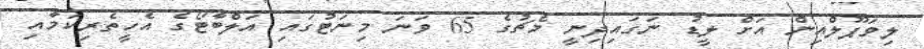
ލިވަޕޫލްއިން އަށް ލީޑު ނަގައިދިނީ މެޗުގެ 65 ވަނަ މިނަޓުގައި އަލްބާޓޯގެ އެހީތެރިކަމާއި